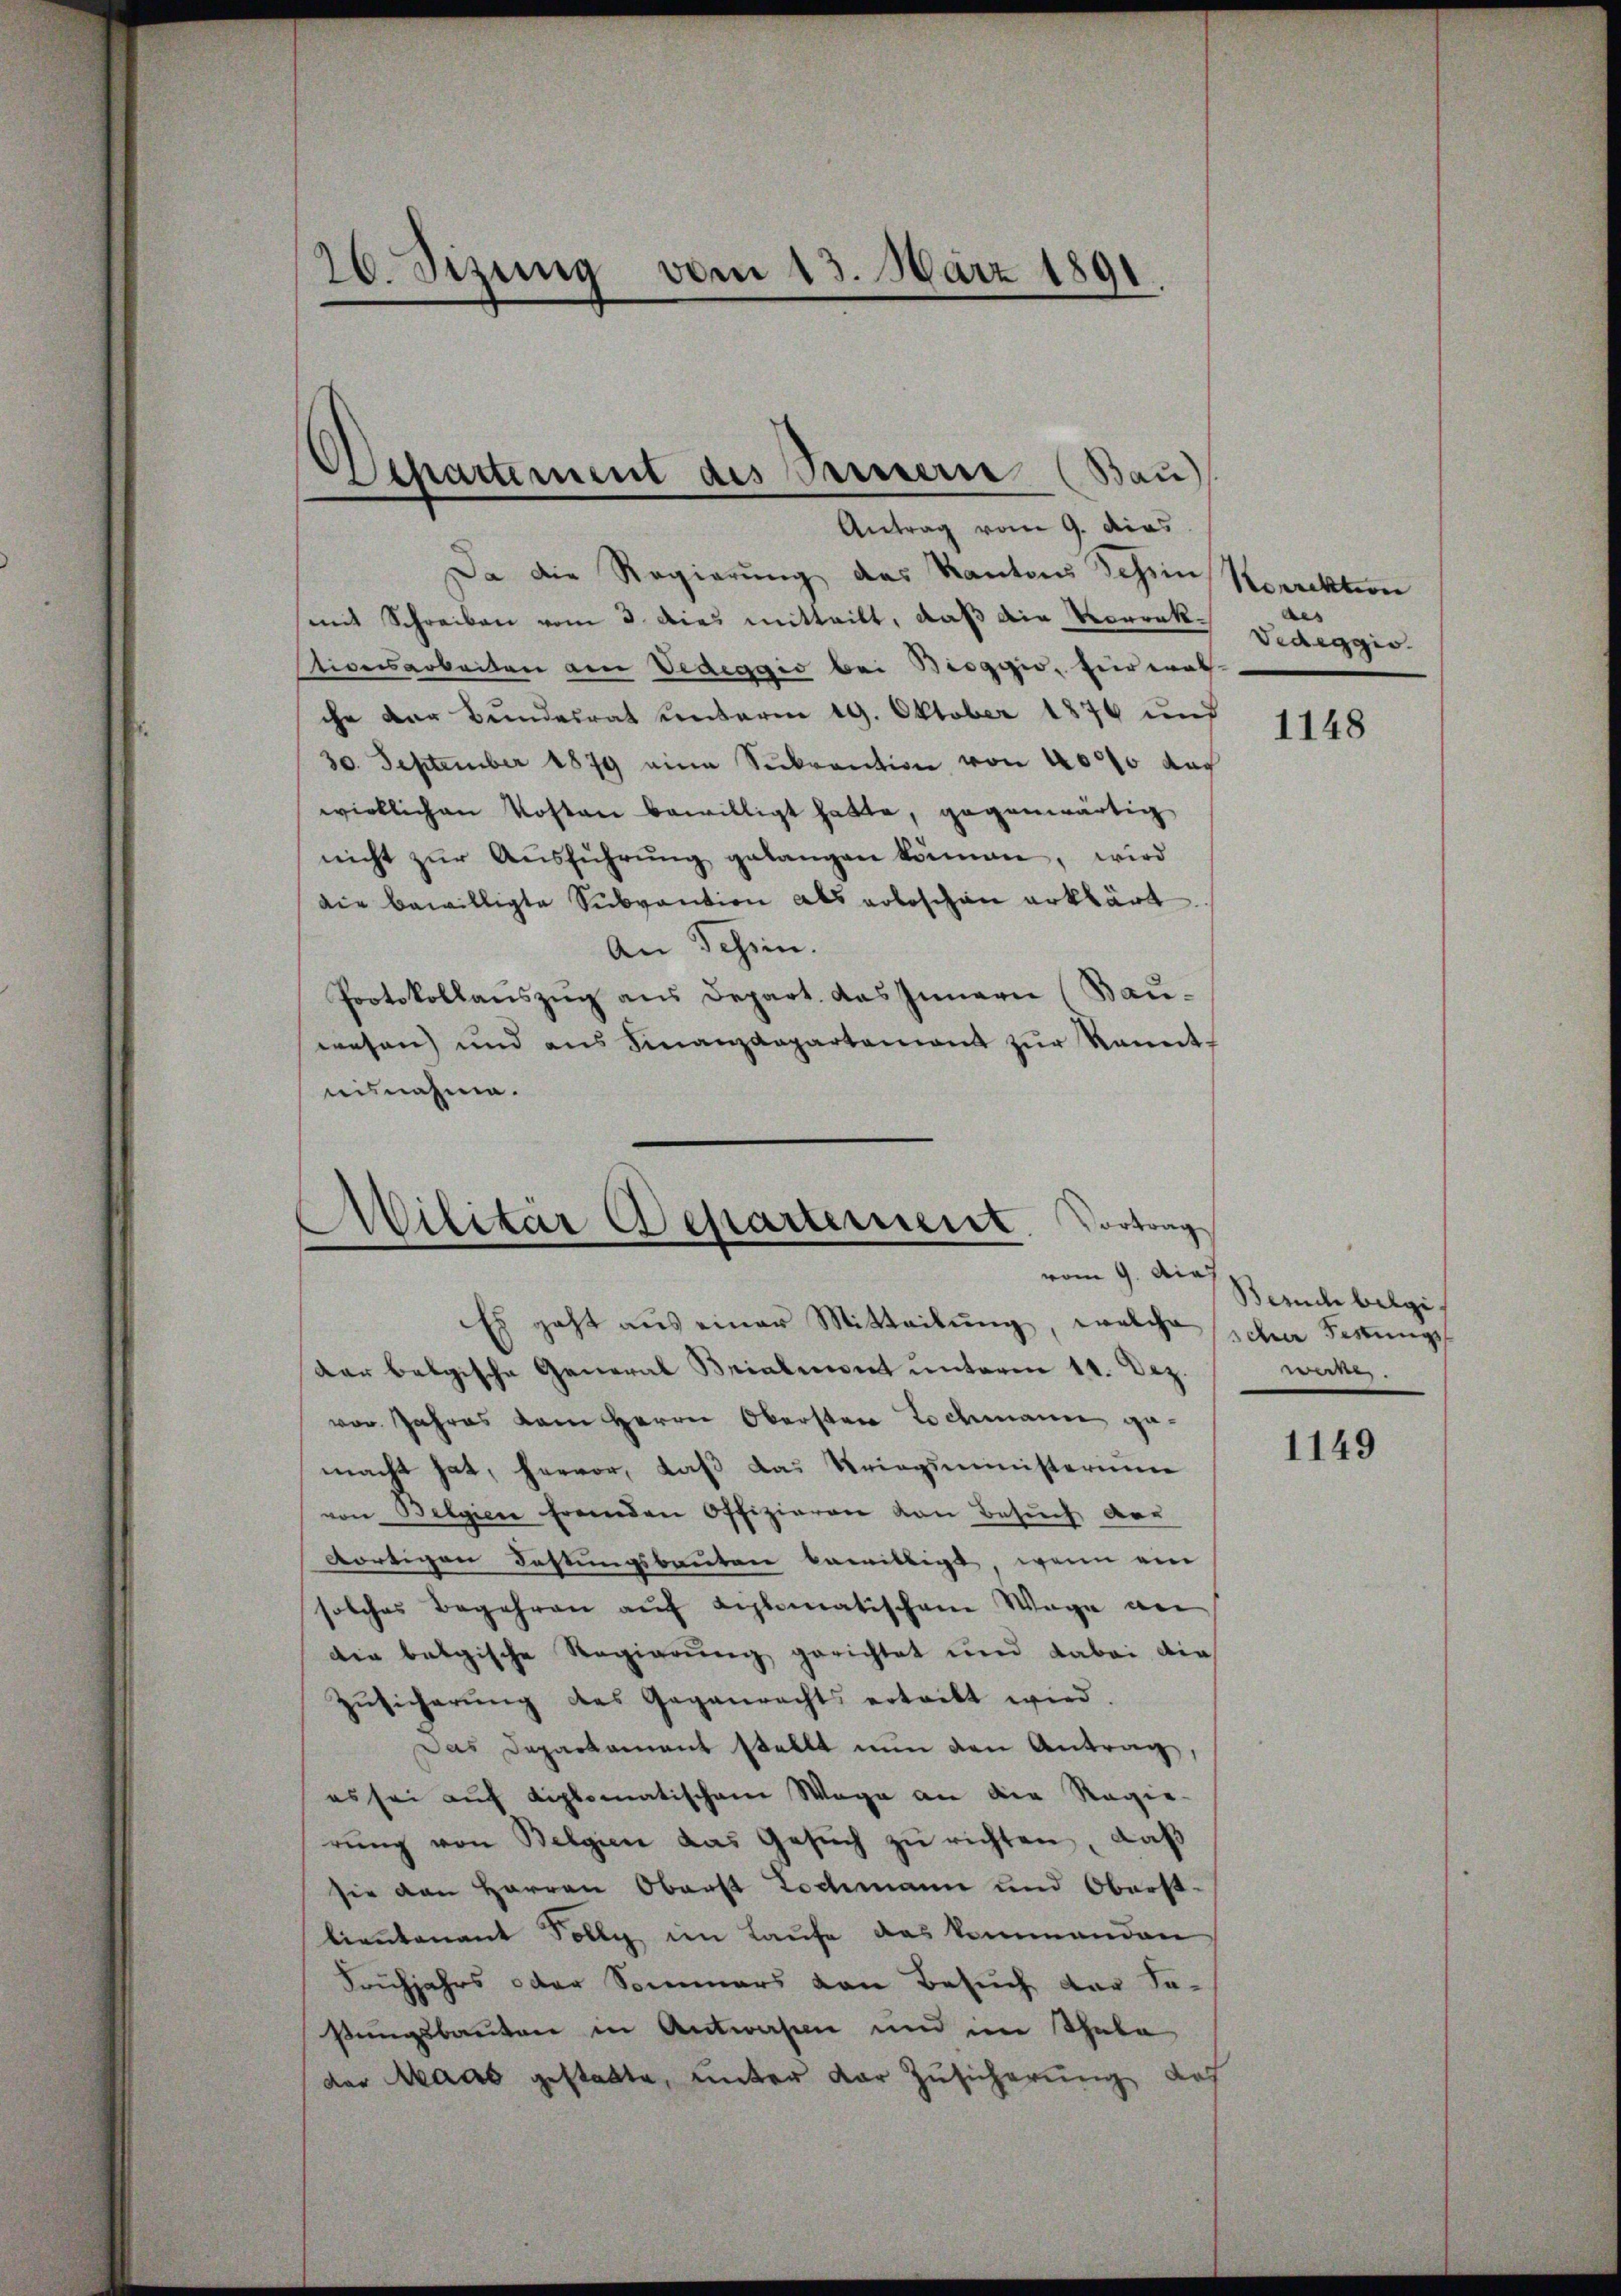
26. Sizung vom 13. März 1891

Da die Regierung des Kantons Schein
mit Schreiben vom 3. dies mitteilt, daß die Vorrektionsarbeiten am Vedeggio bei Biogyis, für walche der Bundesrat unterm 19. Oktober 1874 und
30. September 1879 eine Sekrantion von 40000 das
wirklichen Kosten bewilligt hatte, gegenwärtig
nicht zŭr Aŭsführŭng gelangen können, wird
die bewilligte Subvention als Lobeschen erklärt
An Schien.
Protokollanszug aus Depart. das Innerie (Bau-
wesen) und aŭs Finanzdepartement zŭr Kennt-
nisnahme.

Departement des Seinern (Bau)
Antrag vom 9. dies

Militär Departement. Vortrag
vom 9. dies

Es geht aus einer Mitteilŭng, welche sche Festungsdar belgische General Brialmont ŭnterm 11. Dez.
von Jahres kam Herrn Obersten Lochmanne gemacht hat, hervor, daß das Kriegsministerium
von Belgien fremden Offizieren von Besuch vor
dortigen Festungsbauten bewilligt, wenn ein
solches Begehren auf diplomatischem Wage an
die belgische Regierŭng gerichtet und dabei die
Zŭsicherŭng des Gegenrechts ertritt wird
Das Departament stellt nun den Antrag,
es sei auf diplomatischen Wage an die Regie-
rŭng von Belgien das Gesŭch zŭ richten, daß
sie von Herren Oberst Lochmann und Oberst-
lieutenant Solly im Laufe das kommenden
Frühjahrs oder Sommers von Besuch das Saßungsbauten in Antwaren und im Thale
der Maas gestatte, unter der Zusicherung des

Korrektion
aes
Vedeggio.

1148

Besuch belgi
werke.

1149